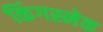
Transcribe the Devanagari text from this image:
किंगस्नेक